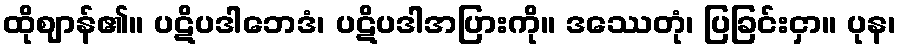
ထိုဈာန်၏။ ပဋိပဒါဘေဒံ၊ ပဋိပဒါအပြားကို။ ဒဿေတုံ၊ ပြခြင်းငှာ။ ပုန၊